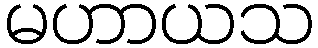
မဟာယသ